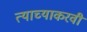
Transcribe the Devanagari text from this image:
त्याच्याकरवी